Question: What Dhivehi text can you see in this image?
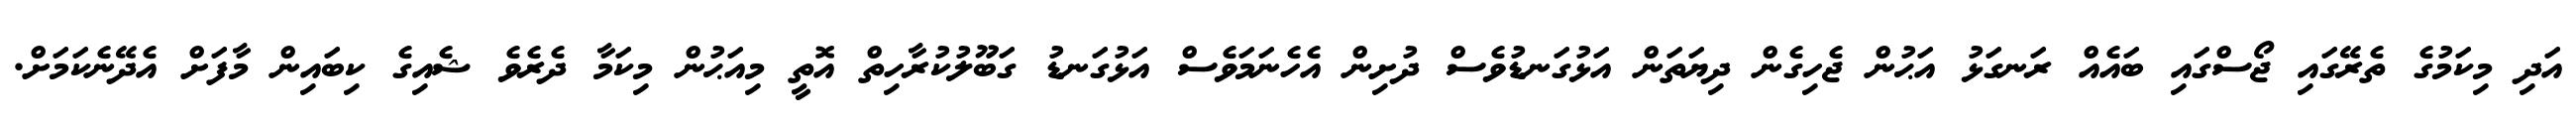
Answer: އަދި މިކަމުގެ ތެރޭގައި ޖޯސްގައި ބައެއް ރަނގަޅު އަޙުން ޖެހިގެން ދިޔަތަން އަޅުގަނޑުވެސް ދުށިން އެހެނަމަވެސް އަޅުގަނޑު ގަބޫލުކުރާހިތް އޮތީ މިއަޙުން މިކަމާ ދެރެވެ ޝެއިގެ ކިބައިން މާފަށް އެދޭނެކަމަށް.